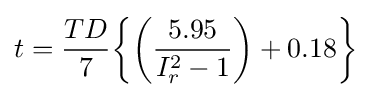
t={\frac {TD}{7}}{\biggl \{}{\biggl (}{\frac {5.95}{I_{r}^{2}-1}}{\biggl )}+0.18{\biggl \}}